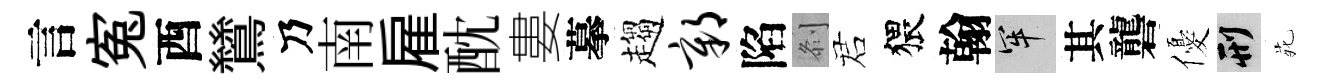
言寃酉鷥乃南雇酖婁摹趨鄣陷𠛴诺猥翰牢其礱優刑𫟍